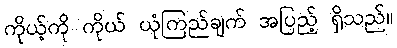
ကိုယ့်ကို ကိုယ် ယုံကြည်ချက် အပြည့် ရှိသည်။